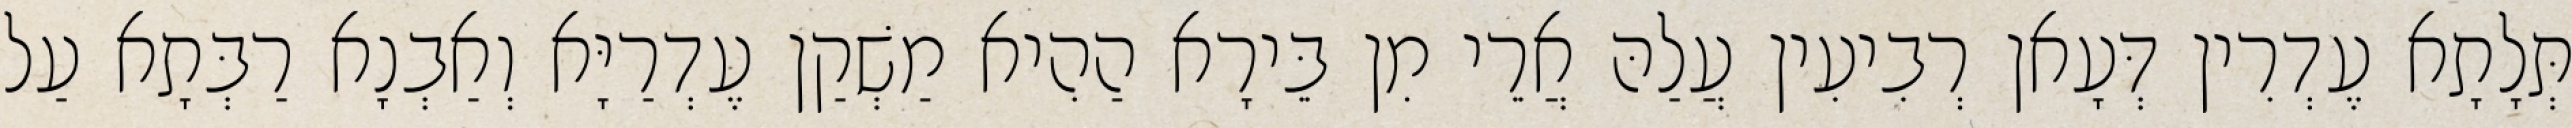
תְּלָתָא עֶדְרִין דְּעָאן רְבִיעִין עֲלַהּ אֲרֵי מִן בֵּירָא הַהִיא מַשְׁקַן עֶדְרַיָּא וְאַבְנָא רַבְּתָא עַל